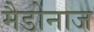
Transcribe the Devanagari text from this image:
मैडोनाज